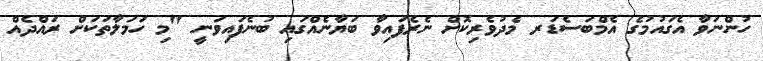
ހުންނަވާ އެގައުމުގެ އެމްބަސެޑަރ މެދުވެރިކޮށް ނެރެފައިވާ ބަޔާނެއްގައި ބުނެފައިވަނީ "މި ހަމަލާތަކަށް ރައްދެއް